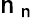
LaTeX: \mathsf{n}_{\mathrm{{~\mathsf{n}~}}}